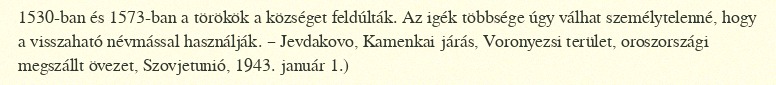
1530-ban és 1573-ban a törökök a községet feldúlták. Az igék többsége úgy válhat személytelenné, hogy a visszaható névmással használják. – Jevdakovo, Kamenkai járás, Voronyezsi terület, oroszországi megszállt övezet, Szovjetunió, 1943. január 1.)